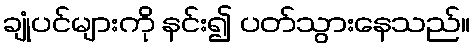
ချုံပင်များကို နင်း၍ ပတ်သွားနေသည်။